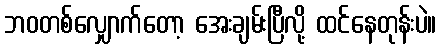
ဘဝတစ်လျှောက်တော့ အေးချမ်းပြီလို့ ထင်နေတုန်းပဲ။